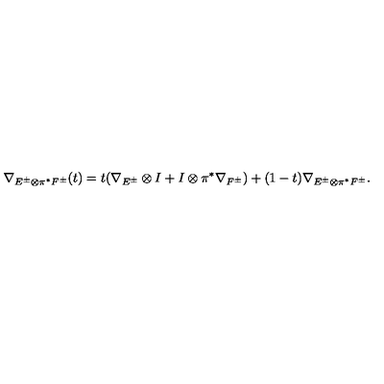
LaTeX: \nabla _ { E ^ { \pm } \otimes \pi ^ { * } F ^ { \pm } } ( t ) = t ( \nabla _ { E ^ { \pm } } \otimes I + I \otimes \pi ^ { * } \nabla _ { F ^ { \pm } } ) + ( 1 - t ) \nabla _ { E ^ { \pm } \otimes \pi ^ { * } F ^ { \pm } } .